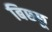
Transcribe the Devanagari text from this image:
बिछ्छू